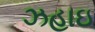
ઝહાઇ